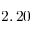
2 , 2 0